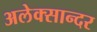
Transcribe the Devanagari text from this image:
अलेक्सान्दर